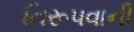
નિરૂપવાની